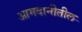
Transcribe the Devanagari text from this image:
आमदानीतील